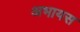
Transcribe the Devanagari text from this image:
अभायस